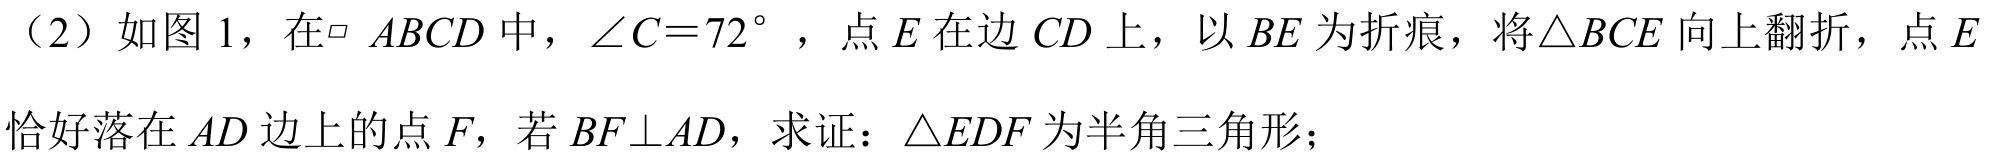
（2）如图 1，在$\parallelogram\ ABCD$中，$\angle C = 72^{\circ}$，点$E$在边$CD$上，以$BE$为折痕，将$\triangle BCE$向上翻折，点$E$恰好落在$AD$边上的点$F$，若$BF\perp AD$，求证：$\triangle EDF$为半角三角形；